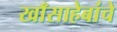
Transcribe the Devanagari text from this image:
खाँसाहेबांचे